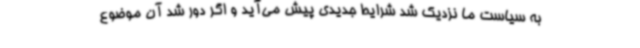
به سیاست ما نزدیک شد شرایط جدیدی پیش می‌آید و اگر دور شد آن موضوع